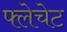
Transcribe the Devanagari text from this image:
फ्लेचेट